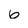
Character: 6